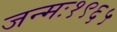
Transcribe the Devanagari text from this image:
जन्मः१९६५